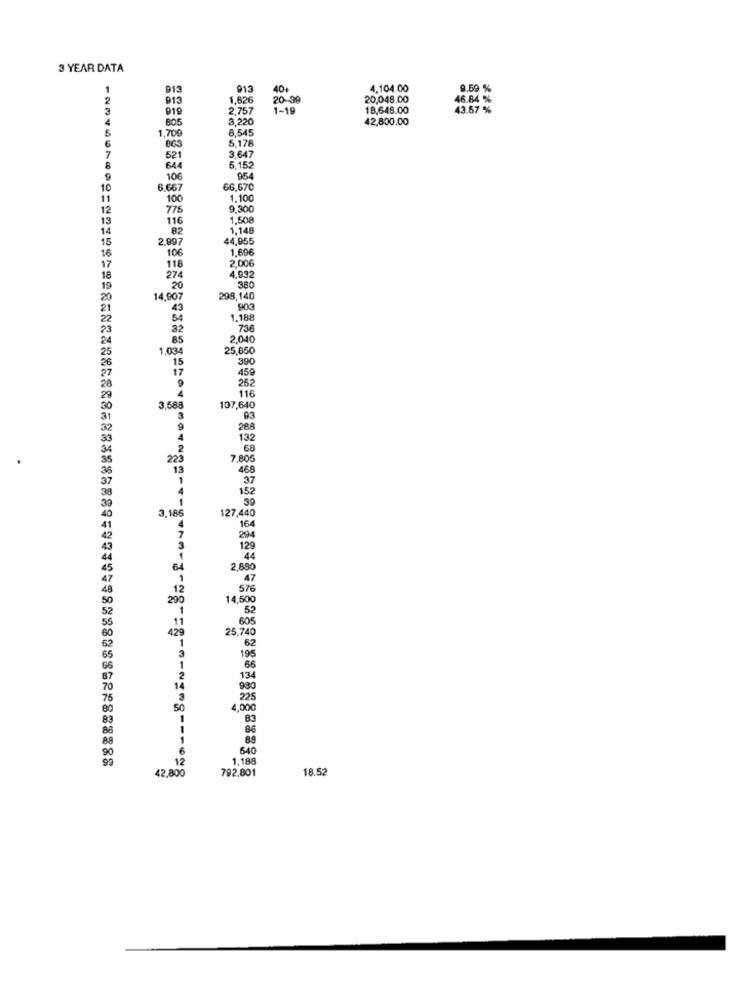
3 YEAR DATA
913
913
40+
4,104.00
9.59 %
913
1,626
20-39
20,046.00
46.84 %
919
2.757
1-19
18,648.00
43.67 %
4
805
3,220
42,800.00
5
1.700
8,545
6
863
5,178
7
521
3.647
8
644
5.15
9
106
95
10
6.667
66,670
11
100
1,100
12
775
9,30€
13
116
1,508
14
82
1,148
15
2.997
44,955
106
1.606
16
2,006
17
274
118
4.932
18
19
20
380
20
14,907
298,140
21
43
903
22
54
1.188
23
32
736
24
85
2,040
1,034
25,850
15
390
17
459
252
116
3,588
107,640
3
93
32
9
288
4
132
2
68
223
7,805
13
468
1
37
152
3,185
127,440
4
164
7
294
129
44
64
2,880
1
47
12
576
290
14,500
1
52
605
25,740
1
62
195
3
1
66
134
930
76
225
50
4,000
83
83
86
89
6
640
12
1,188
42,800
792,801
18.52